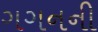
ગગનની